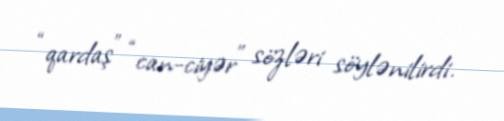
“qardaş” “can-ciyər” sözləri söylənilirdi.